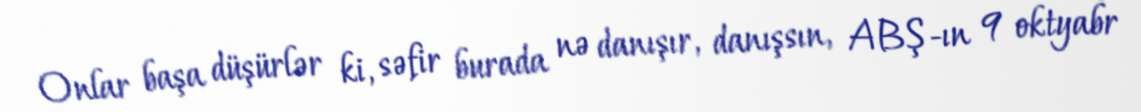
Onlar başa düşürlər ki, səfir burada nə danışır, danışsın, ABŞ-ın 9 oktyabr